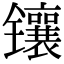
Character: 镶